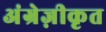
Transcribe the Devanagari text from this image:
अंग्रेज़ीकृत